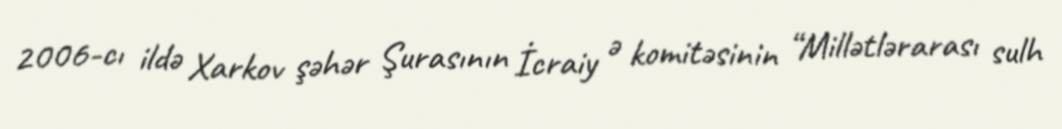
2006-cı ildə Xarkov şəhər Şurasının İcraiy ə komitəsinin “Millətlərarası sulh